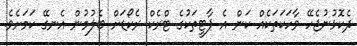
ދެކޮޅުނުޖެހޭ ވާހަކަތަކެއް ކަން އެ ޕާޓީތަކުގެ ޓްރެކް ރެކޯޑަށް ބެލުމުން އެނގޭ ކަމަށެވެ.